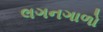
લગનગાળો